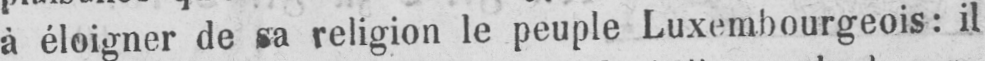
à éloigner de sa religion le peuple Luxembourgeois: il